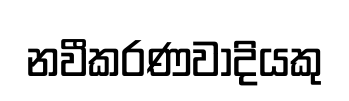
නවීකරණවාදියකු